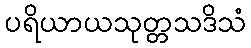
ပရိယာယသုတ္တသဒိသံ